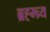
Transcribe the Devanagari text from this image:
ब्रह्म्च्र्य